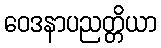
ဝေဒနာပညတ္တိယာ